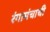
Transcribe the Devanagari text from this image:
रंगामंचाची